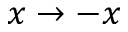
x \rightarrow - x